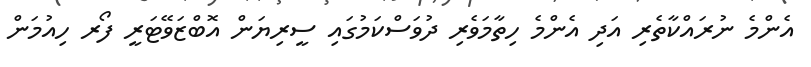
އެންމެ ނުރައްކާތެރި އަދި އެންމެ ހިތާމަވެރި ދުވަސްކަމުގައި ސީރިޔަން އޮބްޒަވޭޓަރީ ފޯރ ހިއުމަން